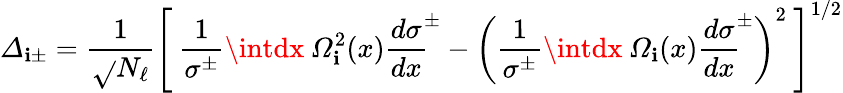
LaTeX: {\mit\Delta}_{\mathbf{i}\pm}=\frac{{1}}{{\sqrt{}{{N_{\ell}}}}}\left[\: \frac{{1}}{{\sigma^{\pm}}}\intdx\: {\mit\Omega}_{\mathbf{i}}^{2}(x){\frac{{d\sigma}}{{dx}}}^{\! \pm}-\left(\frac{{1}}{{\sigma^{\pm}}}\intdx\: {\mit\Omega}_{\mathbf{i}}(x){\frac{{d\sigma}}{{dx}}}^{\! \pm}\right)^{2}\: \right]^{1/2}